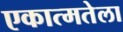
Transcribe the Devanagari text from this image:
एकात्मतेला